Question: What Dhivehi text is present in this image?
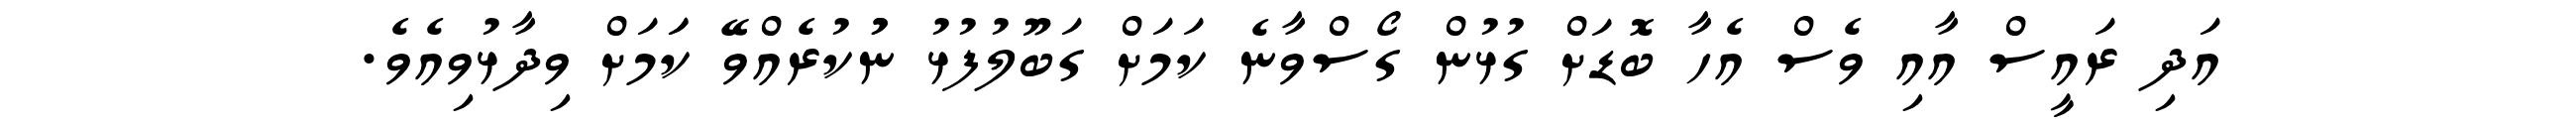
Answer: އަދި ރައީސް އާއި ވެސް އެހާ ބޮޑަށް ގުޅުން ގޯސްވާނެ ކަމަށް ގަބޫލުފުޅު ނުުކުރެއްވޭ ކަަމަށް ވިދާޅުވިއެވެ.